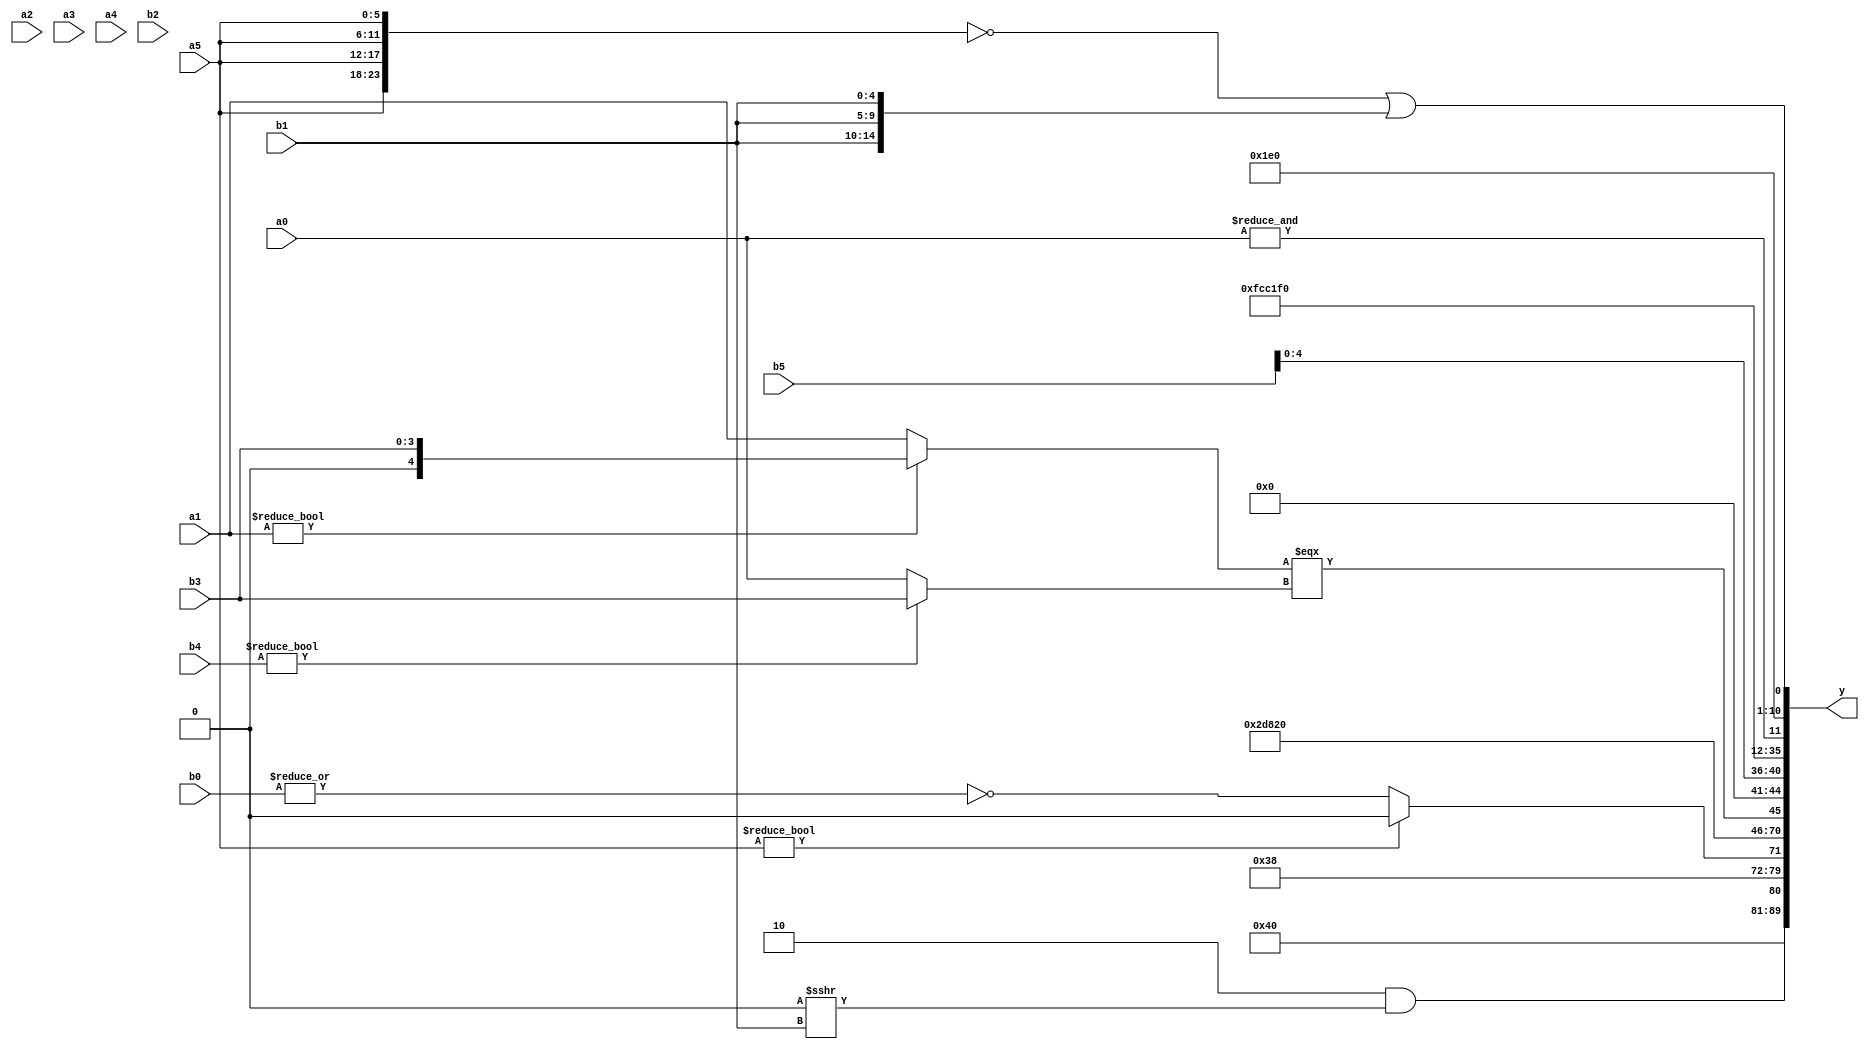
module expression_00985(a0, a1, a2, a3, a4, a5, b0, b1, b2, b3, b4, b5, y);
  input [3:0] a0;
  input [4:0] a1;
  input [5:0] a2;
  input signed [3:0] a3;
  input signed [4:0] a4;
  input signed [5:0] a5;

  input [3:0] b0;
  input [4:0] b1;
  input [5:0] b2;
  input signed [3:0] b3;
  input signed [4:0] b4;
  input signed [5:0] b5;

  wire [3:0] y0;
  wire [4:0] y1;
  wire [5:0] y2;
  wire signed [3:0] y3;
  wire signed [4:0] y4;
  wire signed [5:0] y5;
  wire [3:0] y6;
  wire [4:0] y7;
  wire [5:0] y8;
  wire signed [3:0] y9;
  wire signed [4:0] y10;
  wire signed [5:0] y11;
  wire [3:0] y12;
  wire [4:0] y13;
  wire [5:0] y14;
  wire signed [3:0] y15;
  wire signed [4:0] y16;
  wire signed [5:0] y17;

  output [89:0] y;
  assign y = {y0,y1,y2,y3,y4,y5,y6,y7,y8,y9,y10,y11,y12,y13,y14,y15,y16,y17};

  localparam [3:0] p0 = (((-4'sd5)|(5'd2))<<((-3'sd3)^(5'sd7)));
  localparam [4:0] p1 = (6'd2 * ((3'd5)>=(2'd3)));
  localparam [5:0] p2 = (~&(!((~((4'sd0)^~(2'd0)))==(~|(4'd2 * (2'd1))))));
  localparam signed [3:0] p3 = ((4'd11)?(^(~&((3'sd3)?(3'sd1):(-2'sd1)))):(2'd2));
  localparam signed [4:0] p4 = {(2'sd1),(4'd6)};
  localparam signed [5:0] p5 = {(((-5'sd9)||(-3'sd0))^(&(-(2'sd0)))),(~&(^(((5'd0)>(3'd2))>(~|(-5'sd14)))))};
  localparam [3:0] p6 = (&(2'd2));
  localparam [4:0] p7 = ((-2'sd1)!=(&(((3'd7)*(5'd8))!=((-4'sd0)-(3'd3)))));
  localparam [5:0] p8 = {2{{2{(3'd6)}}}};
  localparam signed [3:0] p9 = (2'sd1);
  localparam signed [4:0] p10 = (((-2'sd1)?(3'd1):(5'sd1))/(2'd1));
  localparam signed [5:0] p11 = ((-((3'd2)?(3'd5):(4'sd2)))&&((4'd6)!=(-2'sd1)));
  localparam [3:0] p12 = {2{(4'd6)}};
  localparam [4:0] p13 = {(((-2'sd1)?(2'sd0):(-3'sd3))?((5'd8)?(2'd2):(-4'sd0)):{((2'sd0)?(-2'sd0):(4'd14))})};
  localparam [5:0] p14 = (+(6'd2 * ((5'd31)?(5'd0):(5'd17))));
  localparam signed [3:0] p15 = {(3'd0),(5'sd2),(2'd2)};
  localparam signed [4:0] p16 = {1{(5'd2 * {3{(3'd2)}})}};
  localparam signed [5:0] p17 = (({2{(3'd0)}}&&(+(2'sd1)))>>{4{(3'd0)}});

  assign y0 = $unsigned((~($signed(((-4'sd3))))));
  assign y1 = (~|(~&{(-3'sd3),(|($unsigned((4'd0)))),(+(4'd15))}));
  assign y2 = {((2'd2)&&(p14>>>b1)),{1{(3'd1)}},(-2'sd1)};
  assign y3 = ((a5)?(&p7):(~|b0));
  assign y4 = (p12<p16);
  assign y5 = (~{{b5},(4'd7),(4'd4)});
  assign y6 = {3{{a2,p4}}};
  assign y7 = $unsigned((~&{3{$unsigned((p15-p16))}}));
  assign y8 = ({4{p3}}?((a1?b3:a1)===(b4?b3:a0)):({1{b1}}!==(b2?a4:a2)));
  assign y9 = (!((5'sd14)|(3'sd0)));
  assign y10 = {{p15,a3,p10},(!b4),{a1,b4,b5}};
  assign y11 = (-3'sd1);
  assign y12 = {(3'd1),(5'sd3)};
  assign y13 = {2{((2'd0))}};
  assign y14 = (+(~(~|((~&(~^(-p4)))&&(+(p6>>>p11))))));
  assign y15 = (&a0);
  assign y16 = (5'd15);
  assign y17 = (({4{a5}}==(b2!==b2))||{3{b1}});
endmodule